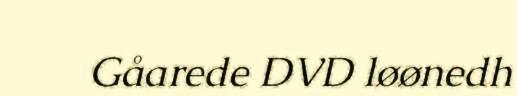
Gåarede DVD løønedh